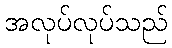
အလုပ်လုပ်သည်